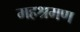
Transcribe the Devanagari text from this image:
महश्रमण